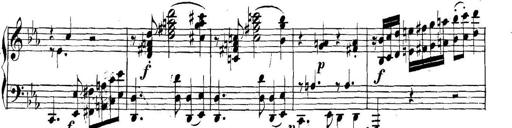
Title: Collected Piano Sonatas
Composer: Muzio Clementi